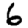
Digit: 6